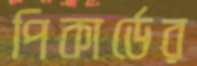
পিকার্ডের